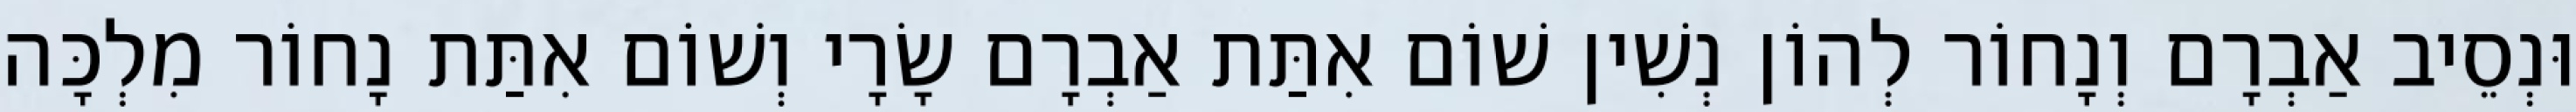
וּנְסֵיב אַבְרָם וְנָחוֹר לְהוֹן נְשִׁין שׁוֹם אִתַּת אַבְרָם שָׂרָי וְשׁוֹם אִתַּת נָחוֹר מִלְכָּה